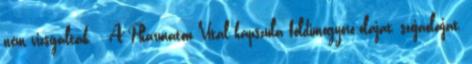
nem vizsgálták. - A Pharmaton Vital kapszula földimogyoró-olajat, szójaolajat,